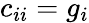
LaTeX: c_{ii}=g_{i}